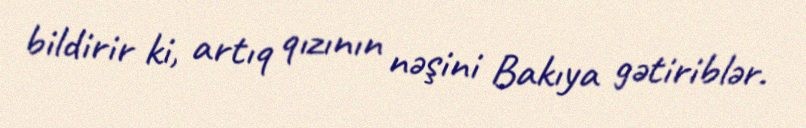
bildirir ki, artıq qızının nəşini Bakıya gətiriblər.